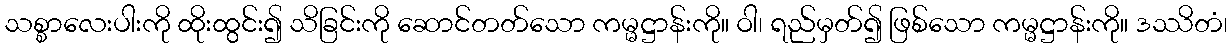
သစ္စာလေးပါးကို ထိုးထွင်း၍ သိခြင်းကို ဆောင်တတ်သော ကမ္မဋ္ဌာန်းကို။ ဝါ၊ ရည်မှတ်၍ ဖြစ်သော ကမ္မဋ္ဌာန်းကို။ ဒဿိတံ၊